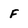
Character: F